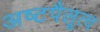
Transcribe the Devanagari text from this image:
अष्टपैलूत्व